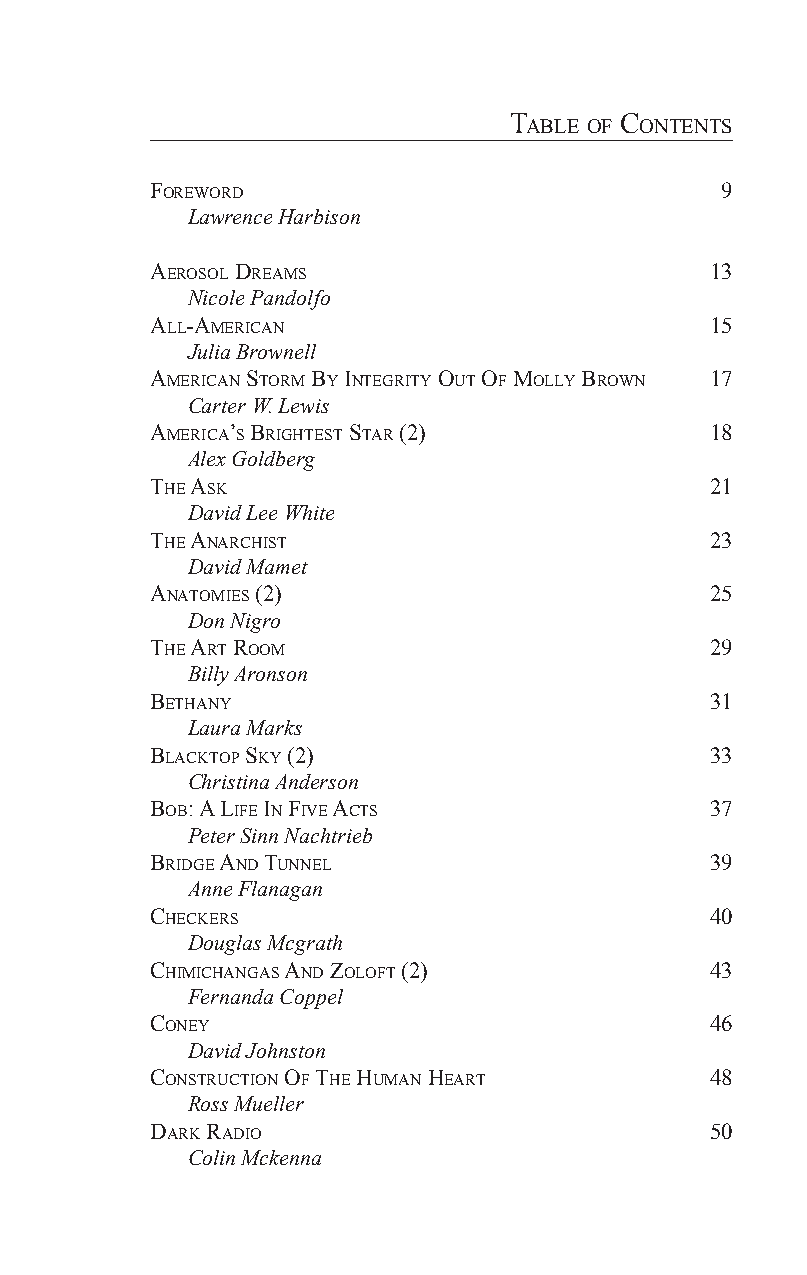
TaBle of ConTenTs
 foreWord                              9
 Lawrence Harbison
 aerosol dreams                       13
 Nicole Pandolfo
 all-ameriCan                         15
 Julia Brownell
 ameriCan sTorm By inTegriTy ouT of molly BroWn 17
 Carter W. Lewis
 ameriCa’s BrighTesT sTar (2)         18
 Alex Goldberg
 The asK                              21
 David Lee White
 The anarChisT                        23
 David Mamet
 anaTomies (2)                        25
 Don Nigro
 The arT room                         29
 Billy Aronson
 BeThany                              31
 Laura Marks
 BlaCKToP sKy (2)                     33
 Christina Anderson
 BoB: a life in five aCTs             37
 Peter Sinn Nachtrieb
 Bridge and Tunnel                    39
 Anne Flanagan
 CheCKers                             40
 Douglas Mcgrath
 ChimiChangas and ZolofT (2)          43
 Fernanda Coppel
 Coney                                46
 David Johnston
 ConsTruCTion of The human hearT      48
 Ross Mueller
 darK radio                           50
 Colin Mckenna